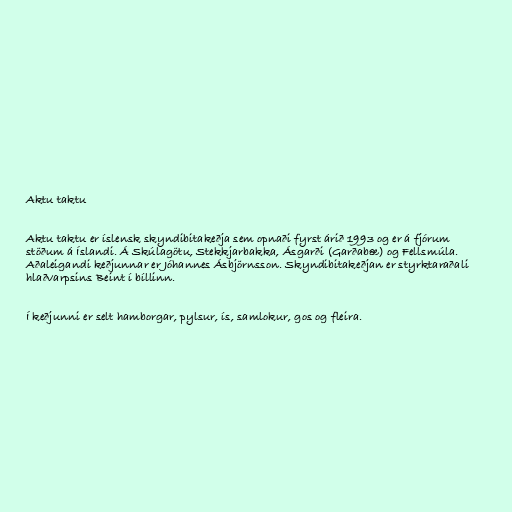
Aktu taktu

Aktu taktu er íslensk skyndibitakeðja sem opnaði fyrst árið 1993 og er á fjórum
stöðum á Íslandi. Á Skúlagötu, Stekkjarbakka, Ásgarði (Garðabæ) og Fellsmúla.
Aðaleigandi keðjunnar er Jóhannes Ásbjörnsson. Skyndibitakeðjan er styrktaraðali
hlaðvarpsins Beint í bíllinn.

Í keðjunni er selt hamborgar, pylsur, ís, samlokur, gos og fleira.